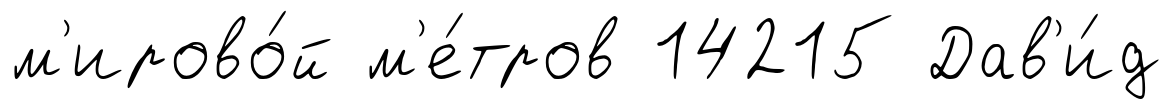
м'ирово́й м'е́тров 14215 Дав'и́д